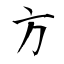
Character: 方